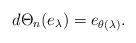
LaTeX: \begin{align*}d\Theta_n(e_\lambda)=e_{\theta(\lambda)}.\end{align*}